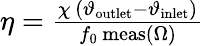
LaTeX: \begin{array}{r}{\eta=\frac{\chi\, (\vartheta_{\mathrm{outlet}}-\vartheta_{\mathrm{inlet}})}{f_{0}\, \mathrm{meas}(\Omega)}}\end{array}